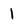
Character: 1